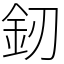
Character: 釰